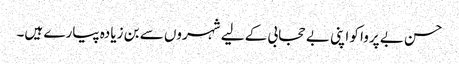
حسن بے پروا کو اپنی بے حجابی کے لیے شہروں سے بن زیادہ پیارے ہیں۔